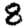
Digit: 8